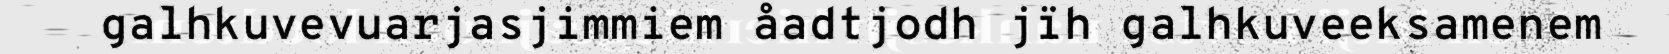
galhkuvevuarjasjimmiem åadtjodh jïh galhkuveeksamenem